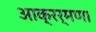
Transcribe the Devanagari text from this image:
आक्रर्मण।